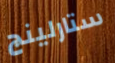
ستارلينج